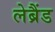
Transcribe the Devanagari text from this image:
लेब्रैंड